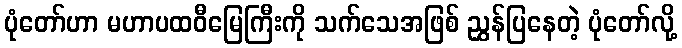
ပုံတော်ဟာ မဟာပထဝီမြေကြီးကို သက်သေအဖြစ် ညွှန်ပြနေတဲ့ ပုံတော်လို့